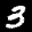
Label: 3